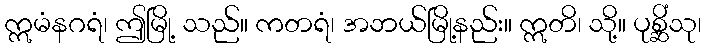
ဣမံနဂရံ၊ ဤမြို့ သည်။ ကတရံ၊ အဘယ်မြို့နည်း။ ဣတိ၊ သို့။ ပုစ္ဆိံသု၊